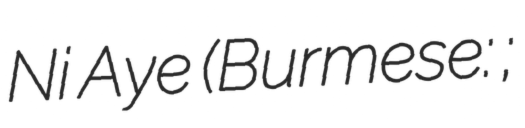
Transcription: Ni Aye (Burmese: နန်းနီနီအေး;